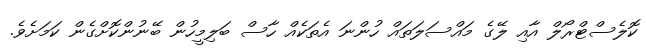
ކޮލެސްޓްރޯލް އާއި ލޭގެ މައްސަލަތައް ހުންނަ އެތަކެއް ހާސް ބަލިމީހުން ބޭނުންކޮށްގެން ކަމަށެވެ.